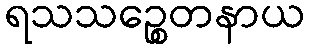
ရသသဉ္စေတနာယ